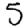
Digit: 5